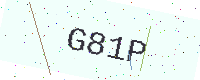
Text: G81P